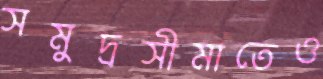
সমুদ্রসীমাতেও